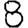
Digit: 8